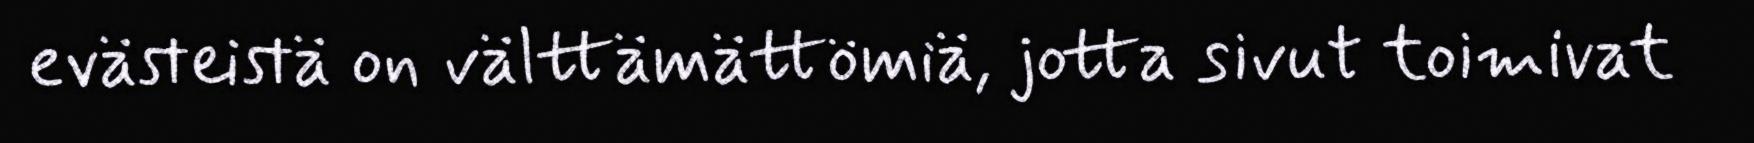
evästeistä on välttämättömiä, jotta sivut toimivat